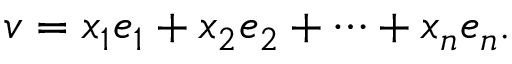
v = x _ { 1 } e _ { 1 } + x _ { 2 } e _ { 2 } + \dotsb + x _ { n } e _ { n } .